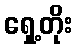
ရှေ့တိုး